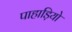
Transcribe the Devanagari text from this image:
पाहाड़ियो